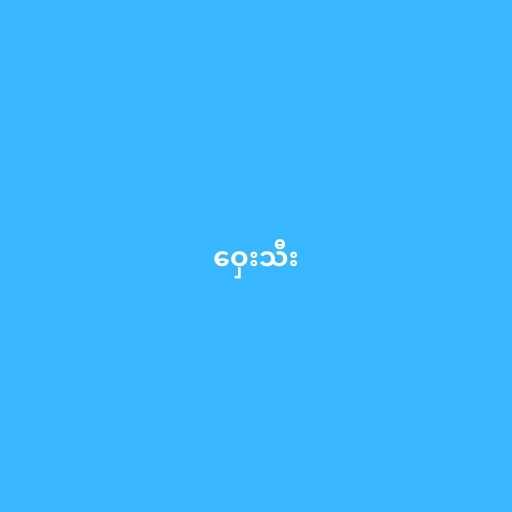
ဝှေးသီး